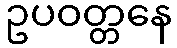
ဥပဝတ္တနေ